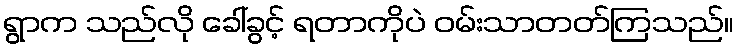
ရွာက သည်လို ခေါ်ခွင့် ရတာကိုပဲ ဝမ်းသာတတ်ကြသည်။